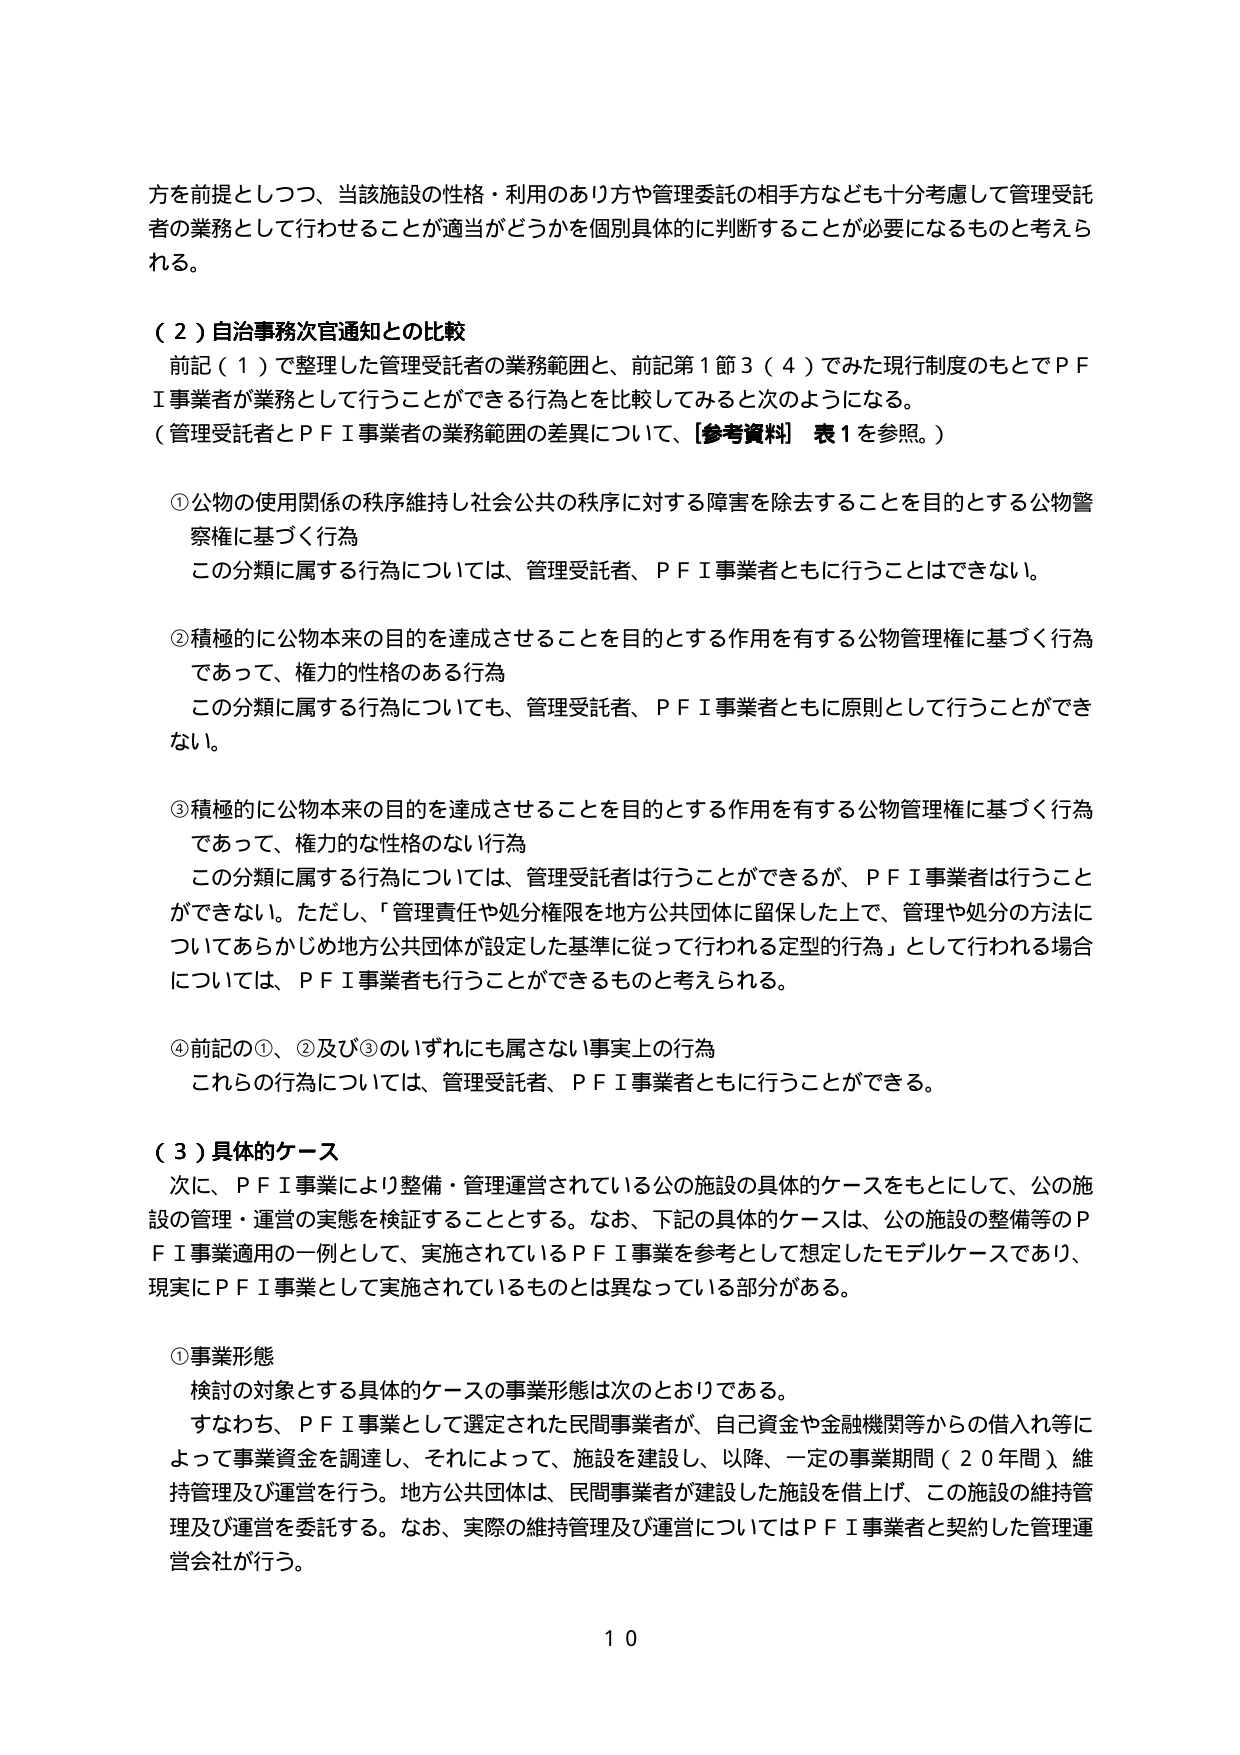
方を前提としつつ、当該施設の性格・利用のあり方や管理委託の相手方なども十分考慮して管理受託者の業務として行わせることが適当かどうかを個別具体的に判断することが必要になるものと考えられる。

（２）自治事務次官通知との比較
前記（１）で整理した管理受託者の業務範囲と、前記第１節３（４）でみた現行制度のもとでＰＦＩ事業者が業務として行うことができる行為とを比較してみると次のようになる。
（管理受託者とＰＦＩ事業者の業務範囲の差異について、[参考資料] 表１を参照。）

①公物の使用関係の秩序維持し社会公共の秩序に対する障害を除去することを目的とする公物警察権に基づく行為
この分類に属する行為については、管理受託者、ＰＦＩ事業者ともに行うことはできない。

②積極的に公物本来の目的を達成させることを目的とする作用を有する公物管理権に基づく行為であって、権力的性質のある行為
この分類に属する行為についても、管理受託者、ＰＦＩ事業者ともに原則として行うことができない。

③積極的に公物本来の目的を達成させることを目的とする作用を有する公物管理権に基づく行為であって、権力的な性格のない行為
この分類に属する行為については、管理受託者は行うことができるが、ＰＦＩ事業者は行うことができない。ただし、「管理責任や処分権限を地方公共団体に留保した上で、管理や処分の方法についてあらかじめ地方公共団体が設定した基準に従って行われる定型的行為」として行われる場合については、ＰＦＩ事業者も行うことができるものと考えられる。

④前記の①、②及び③のいずれにも属さない事実上の行為
これらの行為については、管理受託者、ＰＦＩ事業者ともに行うことができる。

（３）具体的ケース
次に、ＰＦＩ事業により整備・管理運営されている公の施設の具体的ケースをもとにして、公の施設の管理・運営の実態を検証することとする。なお、下記の具体的ケースは、公の施設の整備等のＰＦＩ事業適用の一例として、実施されているＰＦＩ事業を参考として想定したモデルケースであり、現実にＰＦＩ事業として実施されているものとは異なっている部分がある。

①事業形態
検討の対象とする具体的ケースの事業形態は次のとおりである。
すなわち、ＰＦＩ事業として選定された民間事業者が、自己資金や金融機関等からの借入れ等によって事業資金を調達し、それによって、施設を建設し、以降、一定の事業期間（２０年間）維持管理及び運営を行う。地方公共団体は、民間事業者が建設した施設を借上げ、この施設の維持管理及び運営を委託する。なお、実際の維持管理及び運営についてはＰＦＩ事業者と契約した管理運営会社が行う。

１０